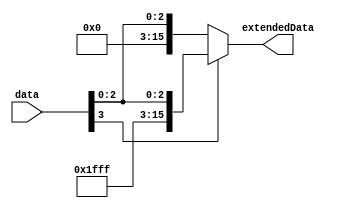
`timescale 1ns / 1ps
//////////////////////////////////////////////////////////////////////////////////
// Company: 
// Engineer: 
// 
// Design Name: 
// Module Name: signExtender
// Project Name: 
// Target Devices: 
// Tool Versions: 
// Description: 
// 
// Dependencies: 
// 
// Revision:
// Revision 0.01 - File Created
// Additional Comments:
// 
//////////////////////////////////////////////////////////////////////////////////


module signExtender(
    input [3:0] data,
    output reg [15:0] extendedData
    );
    
    always @ (data)
    begin
        if (data[3] == 1'b1)
        begin
            extendedData = {12'b111111111111, data};  
        end
        else begin
            extendedData = {12'b000000000000, data};
        end
    end
endmodule